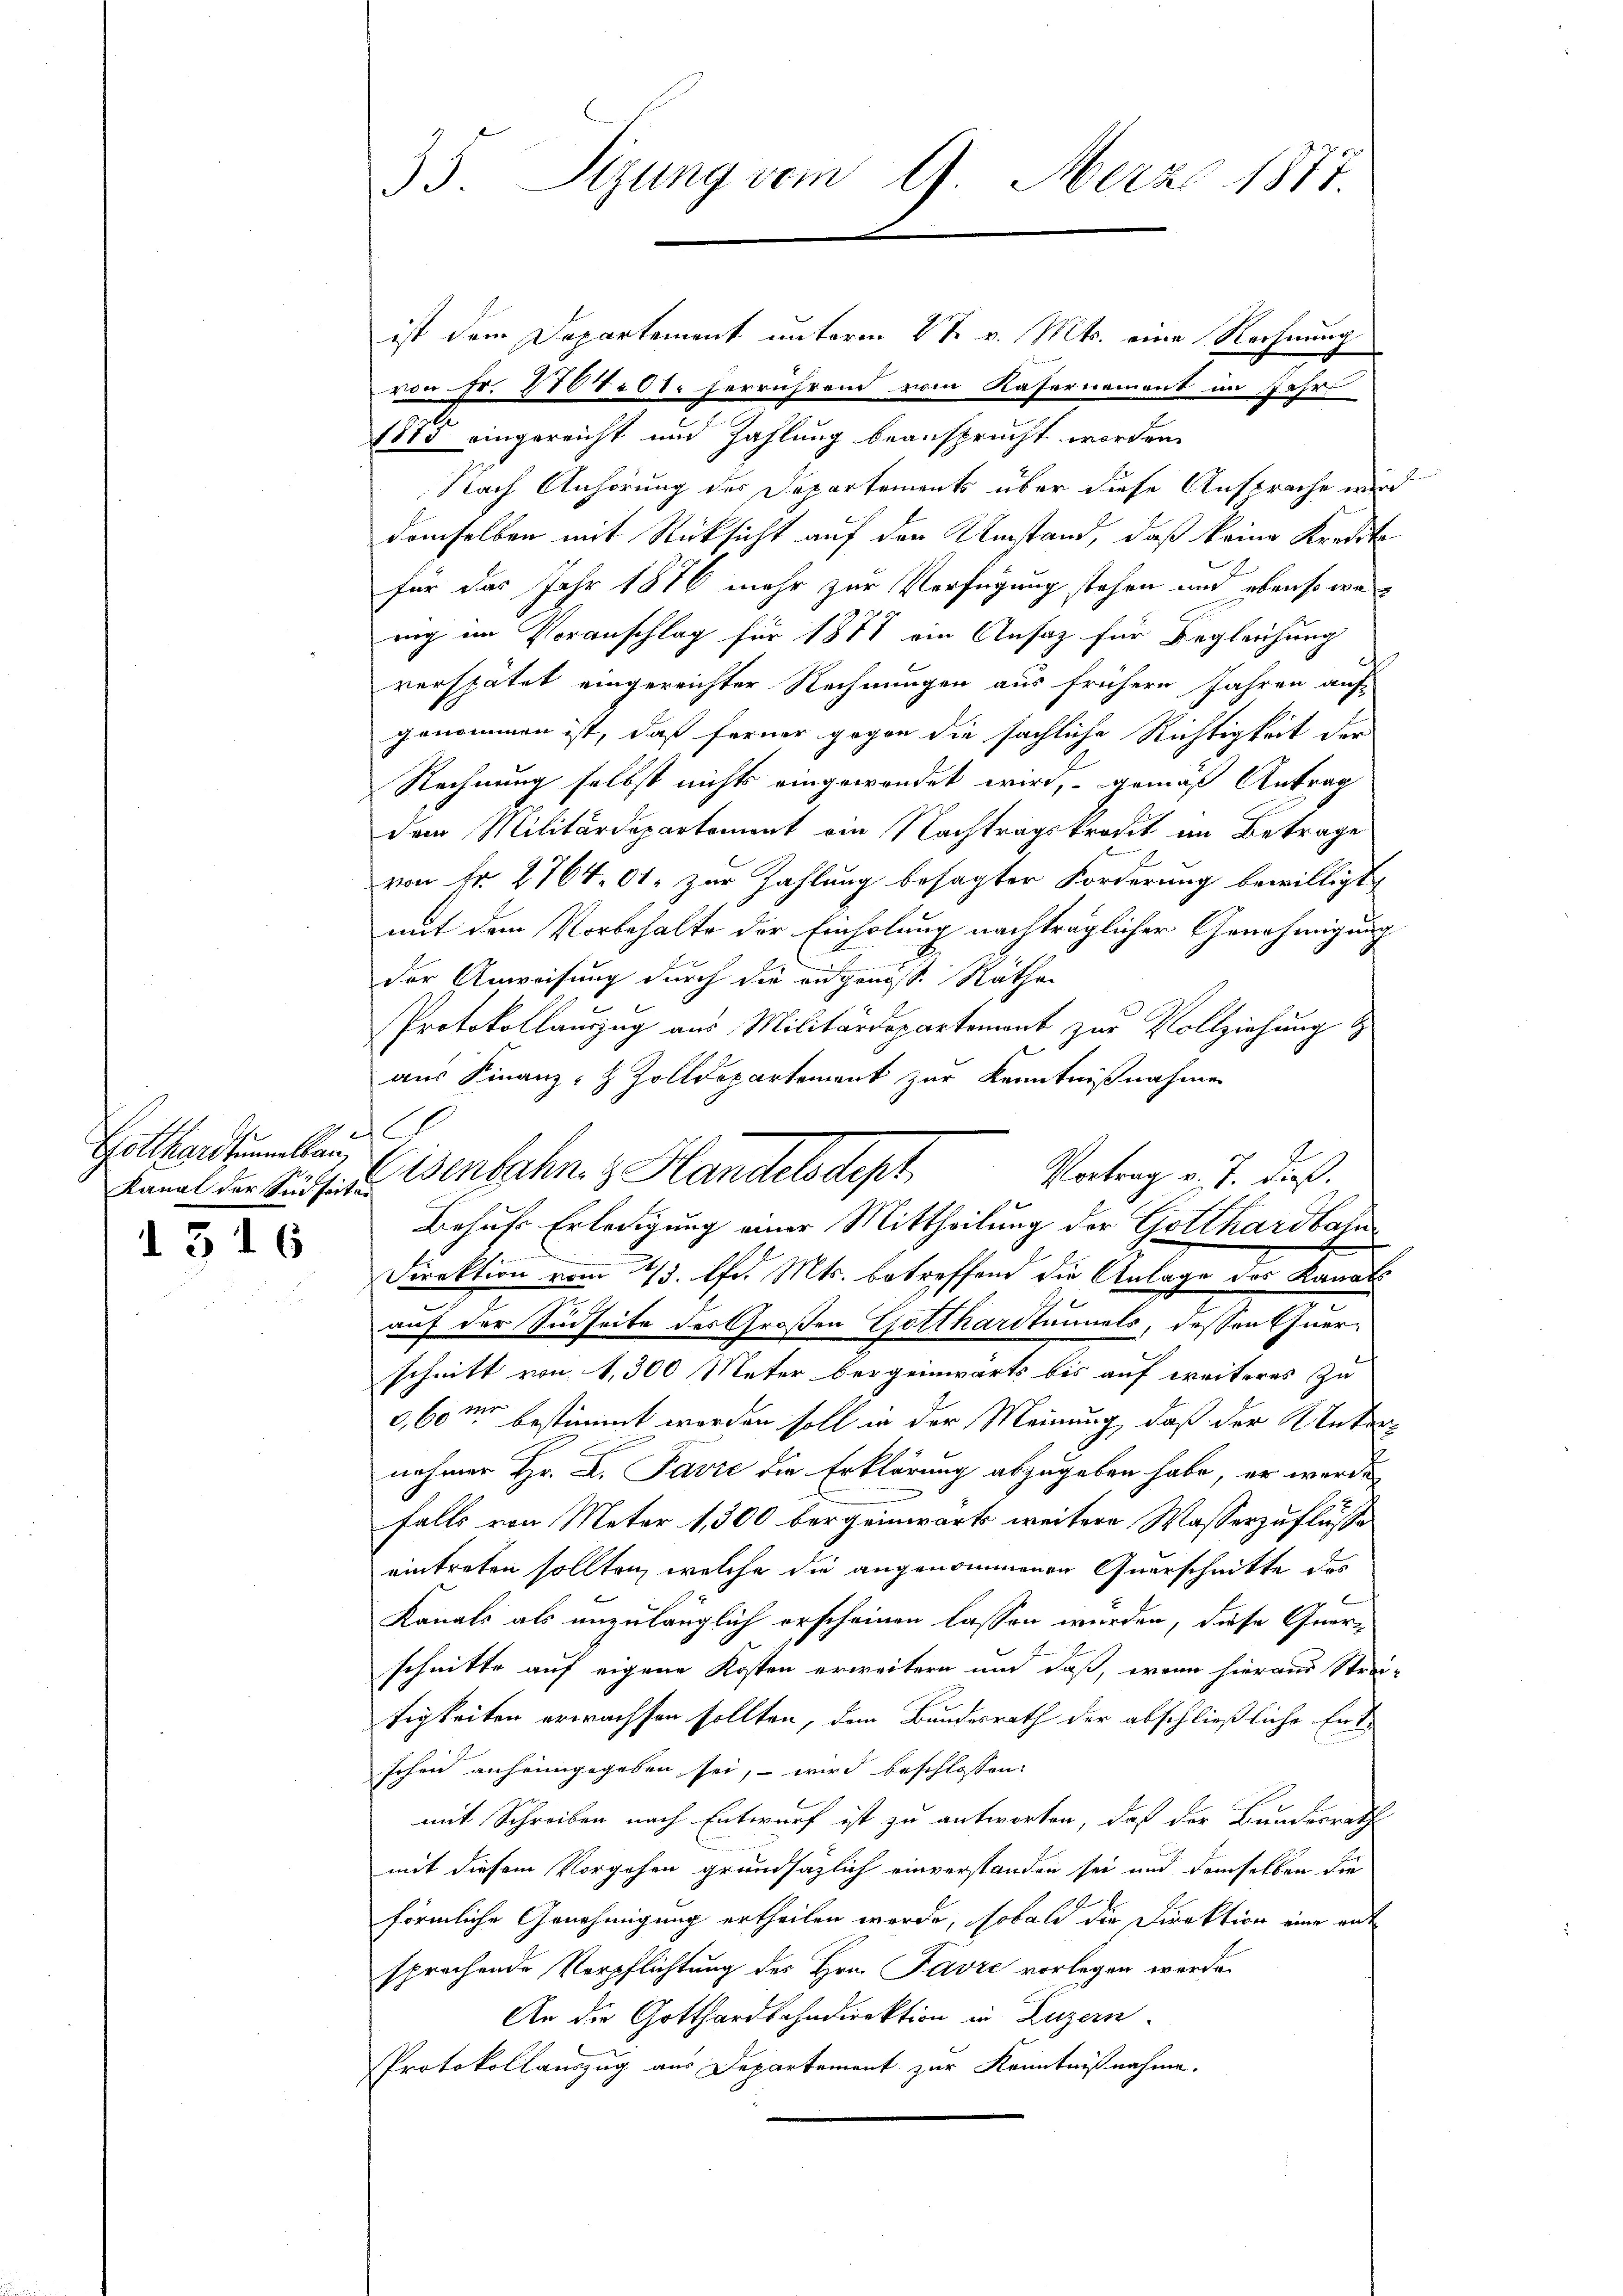
Gotthardtunnellein

1316

35. Sizung vom 9. März 1877.

ist dem Departement unterm 2t v. Mts. eine Rechnung
von Fr. 2070t. herrührend vom Kasernement im Jahr
188 eingereicht und Zahlung beansprucht worden.
Nach Anhörung des Departements über diese Ansprache wird
demselben mit Rücksicht auf den Umstand, daß keine Kredito
für das Jahr 1876 mehr zur Verfügung stehen und ebenso wenng im Voranschlag für 1871 ein Ansatz für Begleichung
verspätet eingereichter Rechnungen aus frühere Jahren auf-
genommen ist, daß ferner gegen die sächliche Richtigkeit der
Rechnung selbst nichts eingewendet wird, gemäß Antrag
dem Militärdepartement ein Nachtragskredit im Betrage
von Fr. 2764. 61. zur Zahlung besagter Forderung bewilligt
mit dem Vorbehalte der Einholung nachträglicher Genehmigung
der Anweisung durch die eidgenoss. Räthen
Protokollauszug aus Militärdepartement zur Vollziehung d
.
aus Finanz-H Zolldepartement zur Kenntnißnahmen
C
Direktion vom 23. d. Mts. betreffend die Anlage des Kanals
auf der Südseite des Großen Gotthardtunnels, dessen Querschnitt von 1,300 Meter bergeinwärts bis auf weiteres Zu
0,60m bestimmt werden soll in der Meinung, daß der Unter
nehmer Hr. D. Pavić die Erklärung abzugeben habe, er werde
falls von Meter 1,300 bergeinwärts weitere Wasserzuflüsse
eintreten sollten, welche die angenommenen Querschnitte des
Konals als unzulänglich erscheinen lassen werden, diese Querschnitte auf eigene Kosten erweitern und daß, wenn hieraus Strei-
tigkeiten erwachsen sollten, den Bundesrath der abschließliche Entschen anheimgegeben sei, – wird beschlossen
mit Schreiben nach Entwurf ist zu antworten, daß der Bundesrath
mit diesem Vorgehen grundsazlich einverstanden sei und demselben die
förmliche Genehmigung ertheilen werde, sobald die Direktion eine ant
sprachende Verpflichtung des Hrn. Favre vorlegen werde.
An die Gotthardbahndirektion in Luzern
Protokollauszug aus Departement zur Kenntnißnahme.

Vortrag v. J. dieß.
Kanal der Saits. Wenbahn & Handelsdept
Behufs Erledigung einer Mittheilung der Gotthardbahn